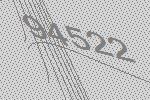
94522